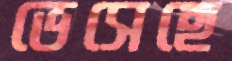
ভেসেছে